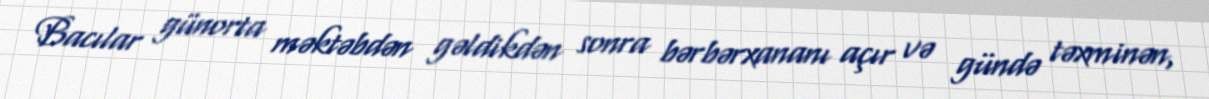
Bacılar günorta məktəbdən gəldikdən sonra bərbərxananı açır və gündə təxminən,